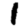
Digit: 1